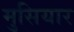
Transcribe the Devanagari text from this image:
मुसियार